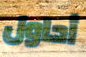
أحاول